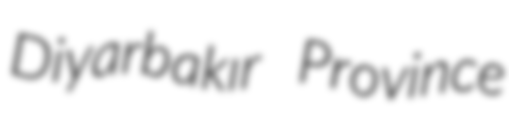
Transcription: Diyarbakır Province